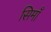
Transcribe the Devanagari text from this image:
सिमाँ